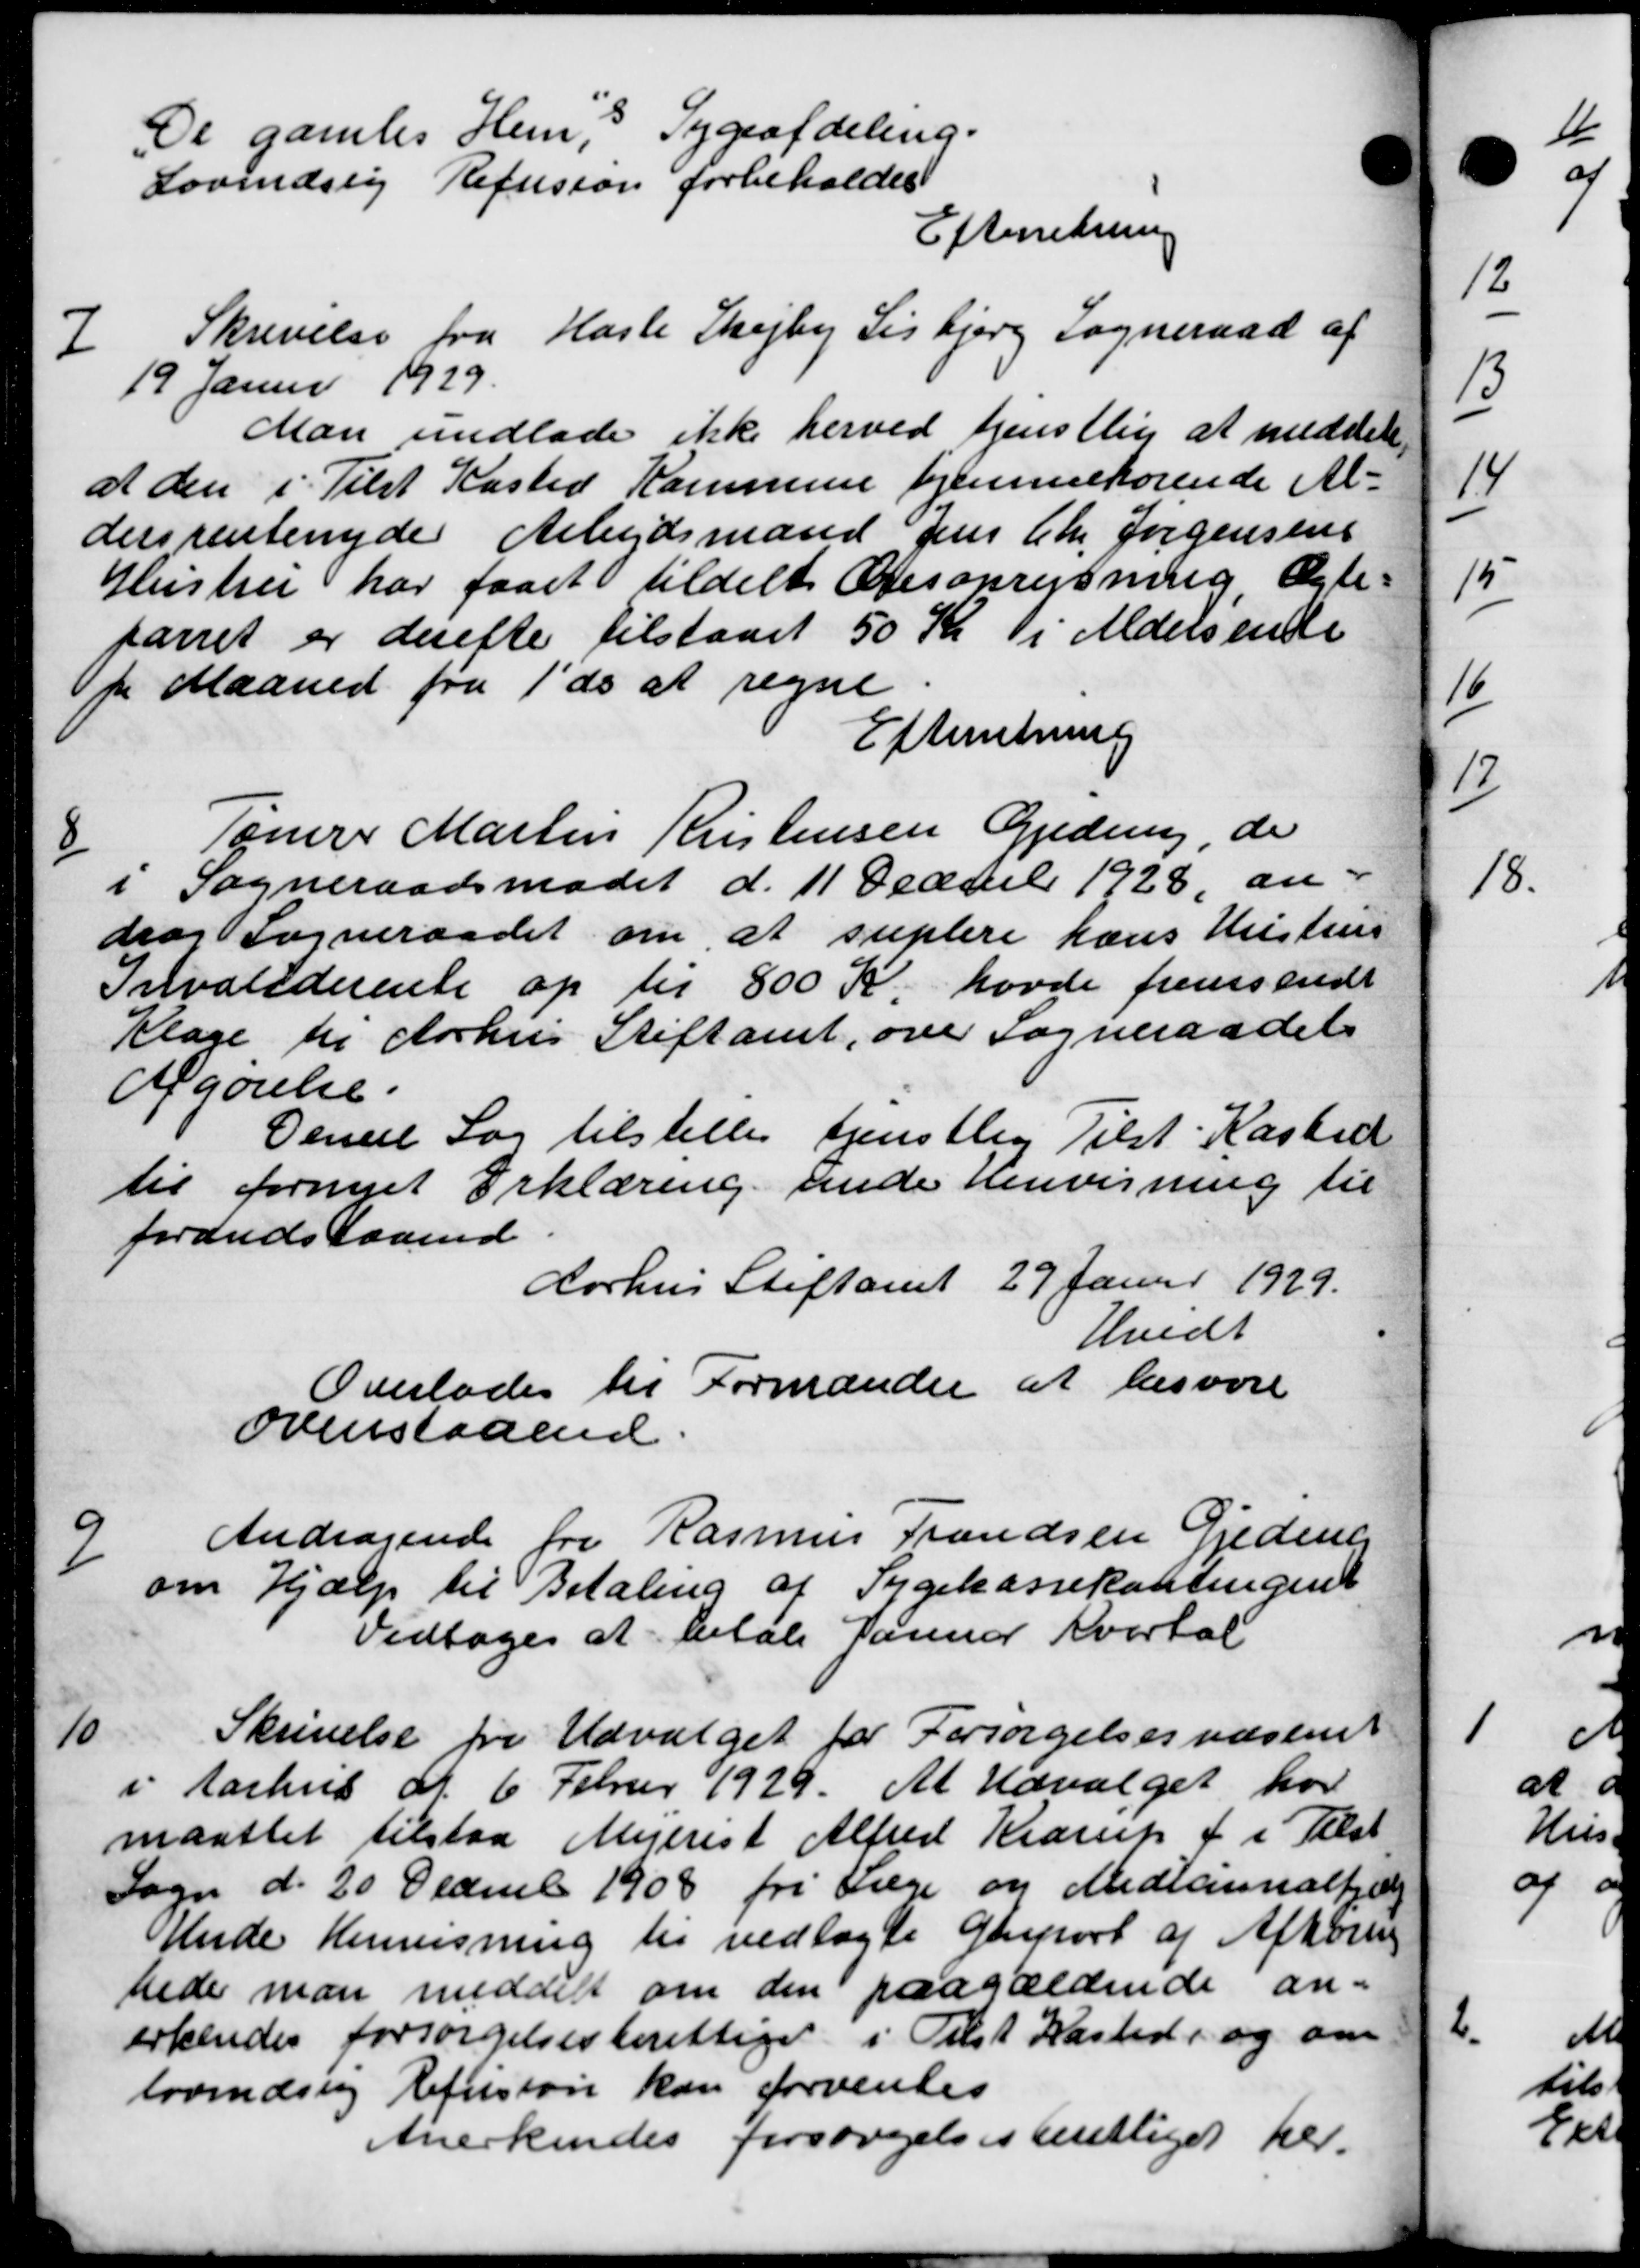
Transskription:
De gamles Hems Sygeafdeling.
Lovindsig Refusion forbeholdes
Efterretning

Skrivelse fra Hasle Skejby Lisbjerg Sogneraad af
19 Januar 1929.
Man undlade ikke herved tjenstlig at meddele
at den i Tilst Kasted Kommune hjemmehørende Al-
dersrentenyde Arbejdsmand Jens Chr. Jørgensens
Hustru har faaet tildelt Æresoprejsning Ægte-
paaret er derefter tilstaaet 50 Kr i Aldersende
pr Maaned fra 1' ds at regne
Efterretning
8
Tømrer Martin Kristensen Gjedning, de
1 Sogneraadsmødet d. 11 Decemb 1928, an-
drog Sogneraadet om at suplere hans Hustrus
Invaliderente op til 800 Kr. havde fremsendt
Klage til Aarhus Stiftamt, over Sogneraadets
Afgørelse.
Deneel Sag tilstilles tjenstlig Tilst Kasted
til fornyet Erklæring ande Henvisning til
fordudstaaende.
Aarhus Stiftamt 29 Janur 1929.
Hvidt
Overlodes til Formanden at besvare
ovenstaaende.

Andragende fra Rasmus Frandsen Gjederik
om Hjælp til Betaling af Sygekassekontingent
Vedtoges at betale Januar Kvartal

Skrivelse fra Udvalget for Forsørgelsesvæsenet
i Aarhus d. 6 Februr 1929. At Udvalget ho
maattet tilstaa Mejerist Alfred Krarup f i Tilst
Sogn d. 20 December 1908 fri Læge og Medlemmelhjælp
Mnde Henvisning til vedlagte Greport af Afhøring
hede man meddelt om den paagældende an-
erkendes forsørgelsesberettiget i Tilst Kasted, og om
lovmæssig Refusion kan forventes
Anerkendes forsørgelsesberettiget her.